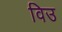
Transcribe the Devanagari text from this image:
विउ